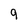
Character: 9